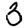
Digit: 3